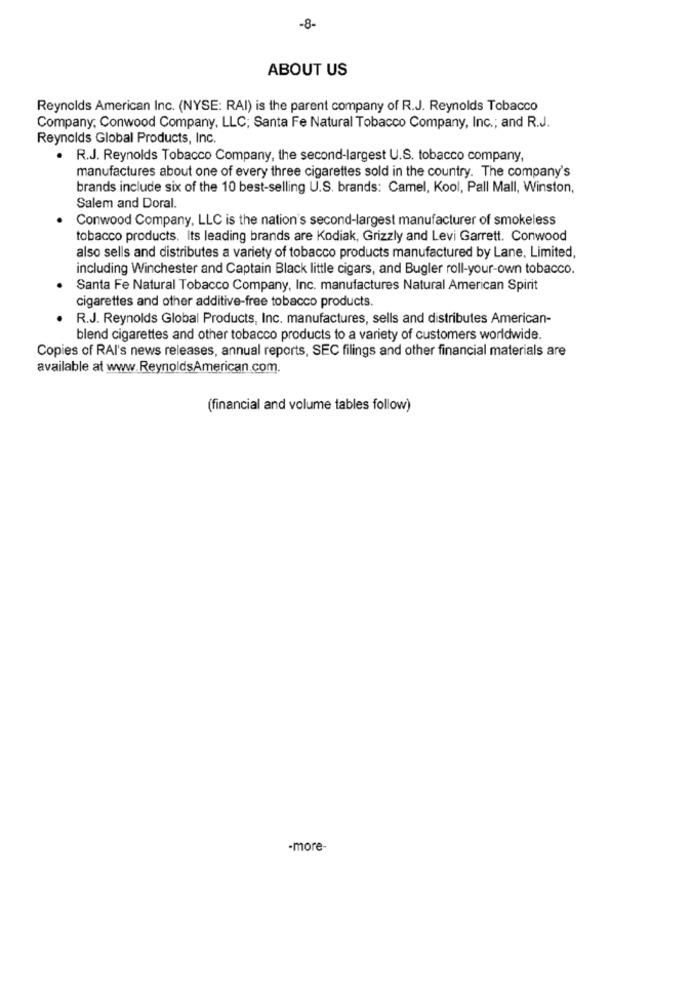
-8-
ABOUT US
Reynolds American Inc. (NYSE: RAI) is the parent company of R.J. Reynolds Tobacco
Company, Conwood Company, LLC; Santa Fe Natural Tobacco Company, Inc .; and R.J.
Reynolds Global Products, Inc.
. R.J. Reynolds Tobacco Company, the second-largest U.S. tobacco company,
manufactures about one of every three cigarettes sold in the country. The company's
brands include six of the 10 best-selling U.S. brands: Camel, Kool, Pall Mall, Winston,
Salem and Doral.
Conwood Company, LLC is the nation's second-largest manufacturer of smokeless
tobacco products. Its leading brands are Kodiak, Grizzly and Levi Garrett. Conwood
also sells and distributes a variety of tobacco products manufactured by Lane, Limited,
including Winchester and Captain Black little cigars, and Bugler roll-your-own tobacco.
Santa Fe Natural Tobacco Company, Inc. manufactures Natural American Spirit
cigarettes and other additive-free tobacco products.
R.J. Reynolds Global Products, Inc. manufactures, sells and distributes American-
blend cigarettes and other tobacco products to a variety of customers worldwide.
Copies of RAI's news releases, annual reports, SEC filings and other financial materials are
available at www.ReynoldsAmerican.com.
(financial and volume tables follow)
-more-